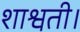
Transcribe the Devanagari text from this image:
शाश्वती।